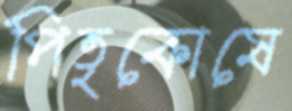
পিতৃকোষে